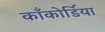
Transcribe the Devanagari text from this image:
काँकोर्डिया